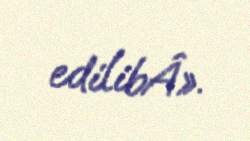
edilibÂ».